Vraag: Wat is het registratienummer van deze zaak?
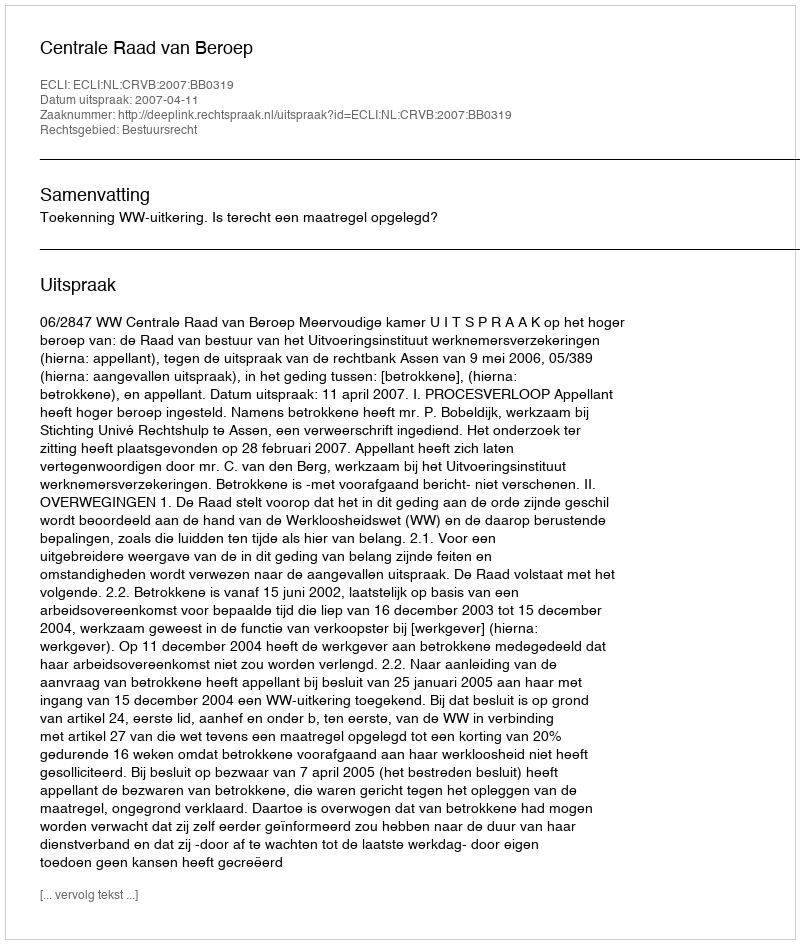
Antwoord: http://deeplink.rechtspraak.nl/uitspraak?id=ECLI:NL:CRVB:2007:BB0319